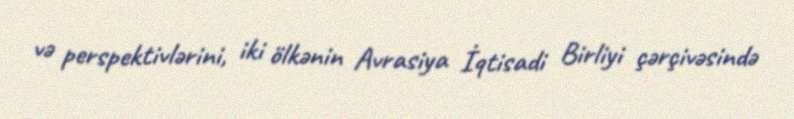
və perspektivlərini, iki ölkənin Avrasiya İqtisadi Birliyi çərçivəsində